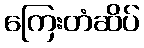
ကြေးတံဆိပ်